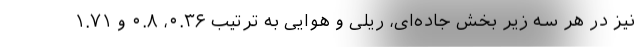
نیز در هر سه زیر بخش جاده‌ای، ریلی و هوایی به ترتیب ۰.۳۶، ۰.۸ و ۱.۷۱